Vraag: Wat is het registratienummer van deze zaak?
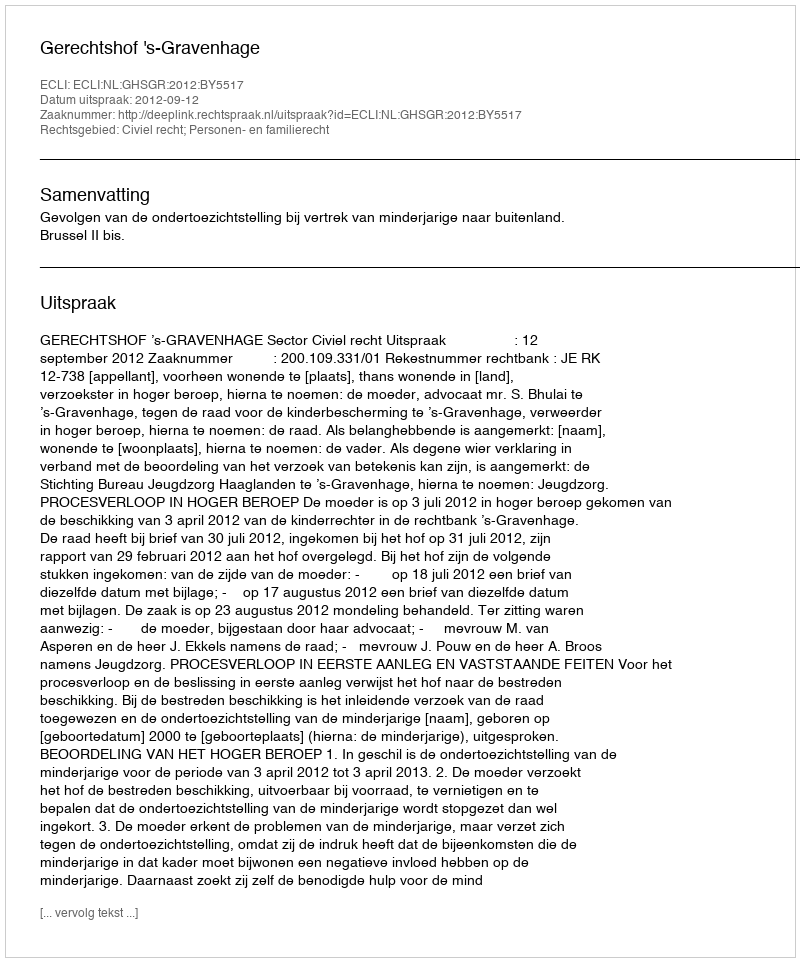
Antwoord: http://deeplink.rechtspraak.nl/uitspraak?id=ECLI:NL:GHSGR:2012:BY5517